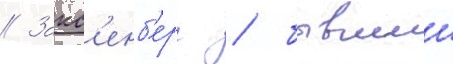
// Закс'енб'ерг / бывшии